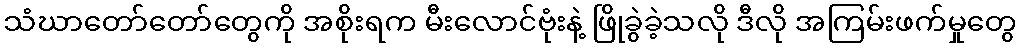
သံဃာတော်တော်တွေကို အစိုးရက မီးလောင်ဗုံးနဲ့ ဖြိုခွဲခဲ့သလို ဒီလို အကြမ်းဖက်မှုတွေ